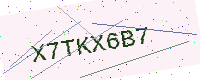
Text: X7TKX6B7